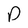
Character: D